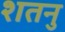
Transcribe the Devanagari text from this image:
शतनु